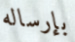
بإرساله